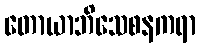
တောယာဘိသေစနကရာ